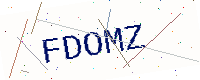
Text: FDOMZ